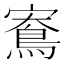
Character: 𪀱